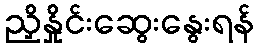
ညှိနှိုင်းဆွေးနွေးရန်